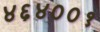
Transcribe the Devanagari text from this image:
४६४००१